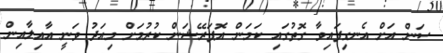
ސަން އަށް އެނގިފައިވާ ގޮތުގައި ކަމަން އޮޕަރޭޝަން ކުރުމަށް މިއަދު ވަނީ އާއިލާއިން